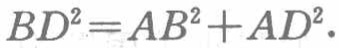
\(BD^{2}=AB^{2}+AD^{2}.\)